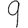
Digit: 9